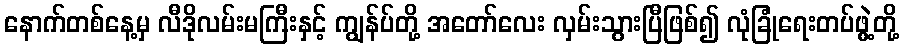
နောက်တစ်နေ့မှ လီဒိုလမ်းမကြီးနှင့် ကျွန်ပ်တို့ အတော်လေး လှမ်းသွားပြီဖြစ်၍ လုံခြုံရေးတပ်ဖွဲ့တို့